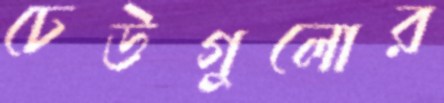
ঢেউগুলোর